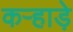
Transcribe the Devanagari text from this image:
कऱ्हाड़े